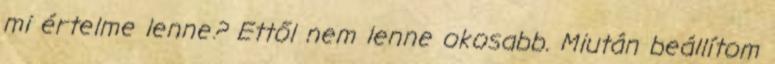
mi értelme lenne? Ettől nem lenne okosabb. Miután beállítom